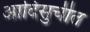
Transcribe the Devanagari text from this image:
आदिसुचीत